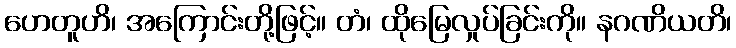
ဟေတူဟိ၊ အကြောင်းတို့ဖြင့်။ တံ၊ ထိုမြေလှုပ်ခြင်းကို။ နဂဏိယတိ၊